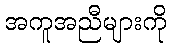
အကူအညီများကို